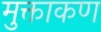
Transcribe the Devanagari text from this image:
मुक्ताकण